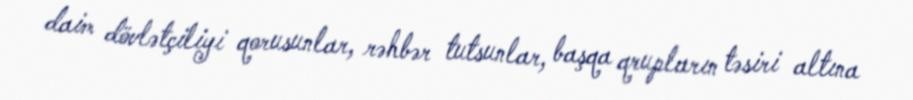
daim dövlətçiliyi qorusunlar, rəhbər tutsunlar, başqa qrupların təsiri altına